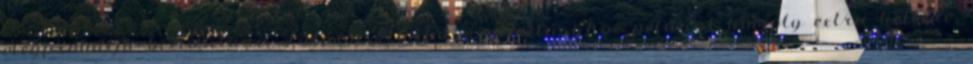
megpróbálja biztosítani. Futács Márkó megtartásához például komoly extra kellene,